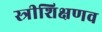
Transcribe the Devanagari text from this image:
स्त्रीशिक्षणव